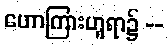
ဟောကြားဟူရာ၌ --